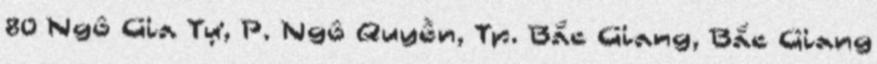
80 Ngô Gia Tự, P. Ngô Quyền, Tp. Bắc Giang, Bắc Giang